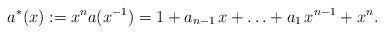
LaTeX: \begin{align*}a^*(x):= x^n a(x^{-1}) = 1 + a_{n-1} \, x + \ldots + a_1 \, x^{n-1} + x^n. \end{align*}